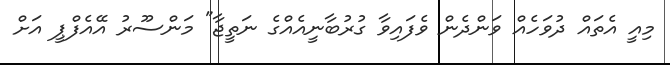
މިއީ އެތައް ދުވަހެއް ވަންދެން ވެފައިވާ ގުރުބާނީއެއްގެ ނަތީޖާ" މަންސޫރު އޭއެފްޕީ އަށް